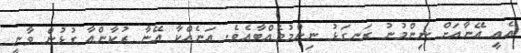
އެއީ އޭނާއަށް ނިންމުނު ރަނގަޅު ނިންމުމެއްބާއެވެ. އަނެއްކާ އޭނާ ރުކާންއާ ގުޅުން ވާނީ